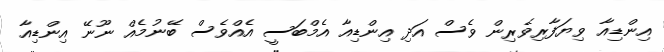
އިންޑިއާ ވިޔަފާރިވެރިން ވެސް އަދި އިންޑިއާ އެމްބަސީ އެއްވެސް ބޭނުމެއް ނޫނޭ އިންޑިއާ